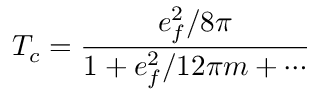
T _ { c } = \frac { e _ { f } ^ { 2 } / 8 \pi } { 1 + e _ { f } ^ { 2 } / 1 2 \pi m + \cdots }